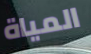
المياة